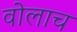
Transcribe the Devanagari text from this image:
वोलाच